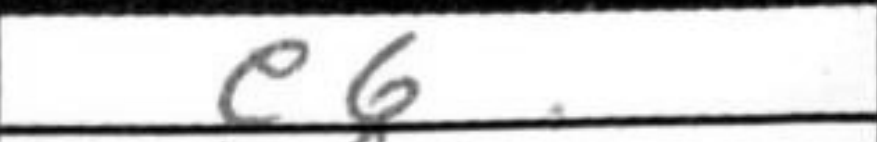
Transcription: e6